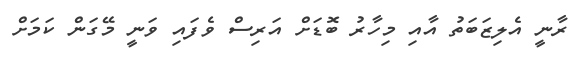
ރާނީ އެލިޒަބަތު އާއި މިހާރު ބޮޑަށް އަރިސް ވެފައި ވަނީ މޭގަން ކަމަށް